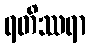
ရတိဿရာ